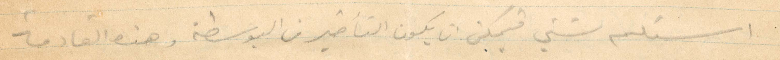
استلم شيء فيمكن يكون التأخير من البوسطة وهذه القادمة